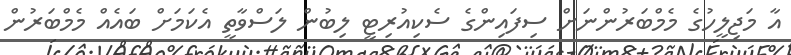
އާ މަޖިލީހުގެ މެމްބަރުންނަށް ސިފައިންގެ ސެކިއުރިޓީ ލިބުން ލަސްވާތީ އެކަމަށް ބައެއް މެމްބަރުން